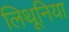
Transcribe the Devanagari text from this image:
लिथूनिया